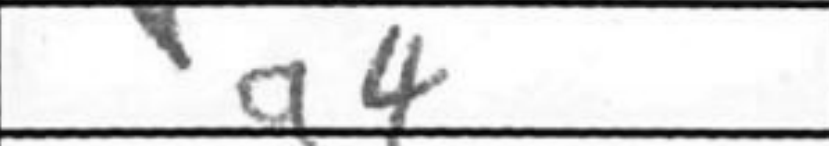
Transcription: a4